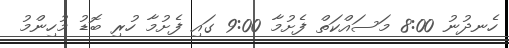
ހެނދުނު 8:00 މަސައްކަތް ފެށުމާ 9:00 ގައި ފެށުމާ ހުރި ބޮޑު މުހިންމު